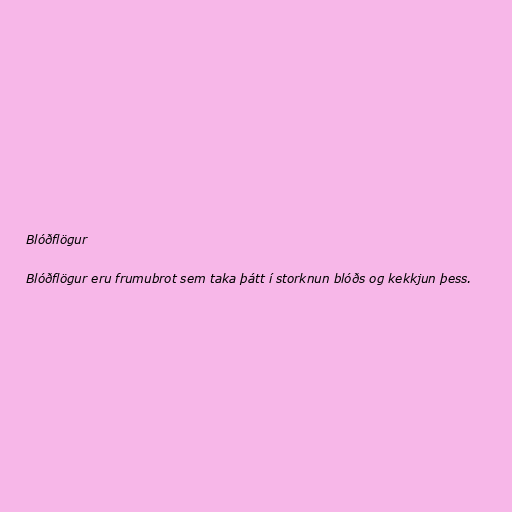
Blóðflögur

Blóðflögur eru frumubrot sem taka þátt í storknun blóðs og kekkjun þess.